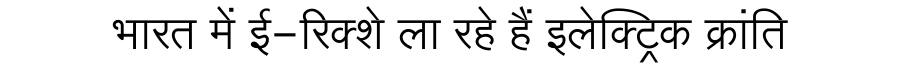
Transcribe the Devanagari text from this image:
भारत में ई-रिक्शे ला रहे हैं इलेक्ट्रिक क्रांति